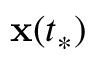
\mathbf { x } ( t _ { * } )